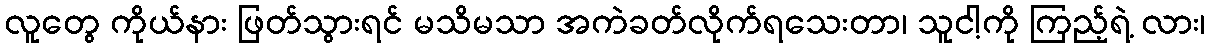
လူတွေ ကိုယ်နား ဖြတ်သွားရင် မသိမသာ အကဲခတ်လိုက်ရသေးတာ၊ သူငါ့ကို ကြည့်ရဲ့ လား၊